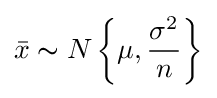
{\bar {x}}\thicksim N\left\{\mu ,{\frac {\sigma ^{2}}{n}}\right\}